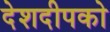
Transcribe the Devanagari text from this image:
देशदीपको